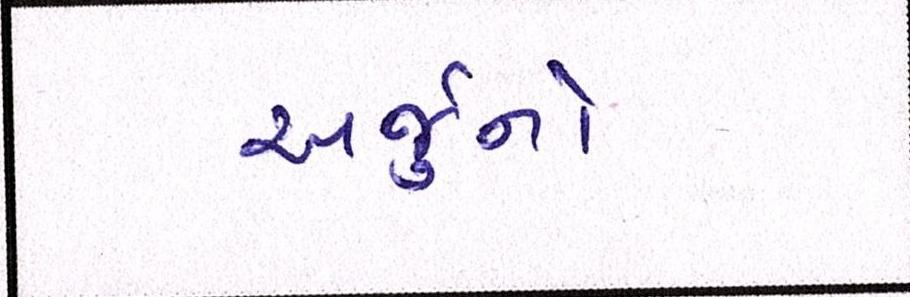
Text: અર્જુનો